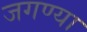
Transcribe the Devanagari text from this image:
जगण्या